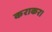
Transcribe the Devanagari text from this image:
कराकर।